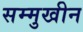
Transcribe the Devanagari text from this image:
सम्मुखीन